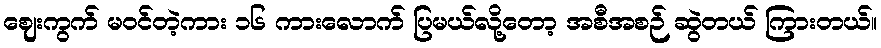
ဈေးကွက် မဝင်တဲ့ကား ၁၆ ကားလောက် ပြမယ်လို့တော့ အစီအစဉ် ဆွဲတယ် ကြားတယ်။